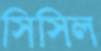
সিসিল